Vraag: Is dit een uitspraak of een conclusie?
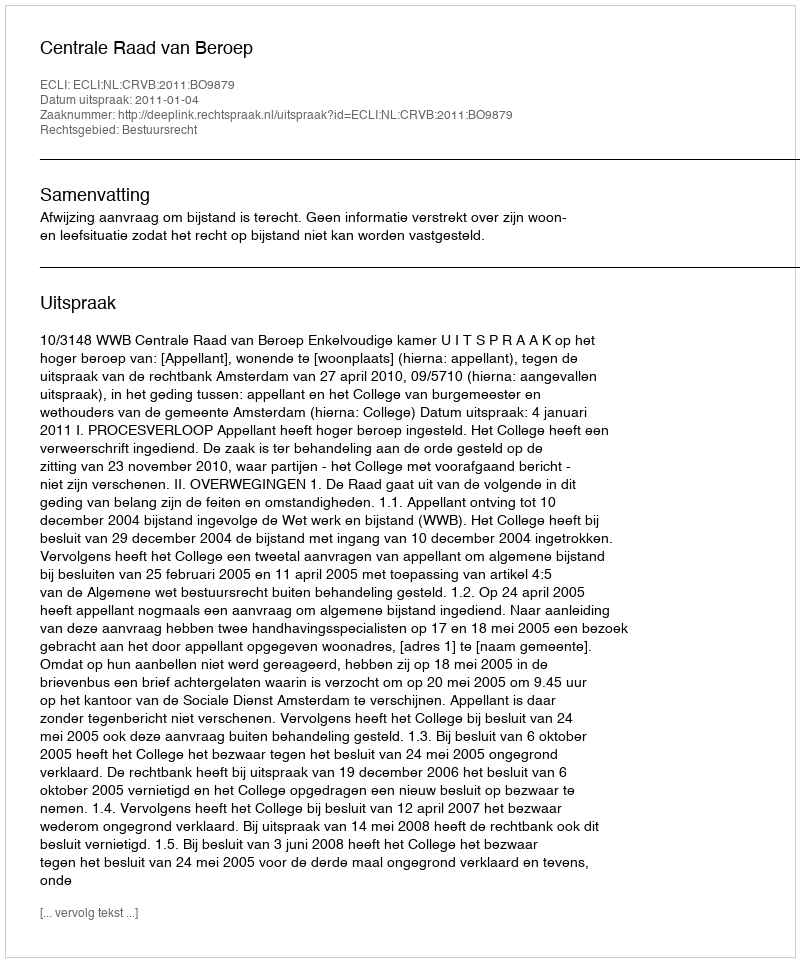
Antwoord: Uitspraak